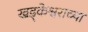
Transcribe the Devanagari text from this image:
खड्केश्वराच्या